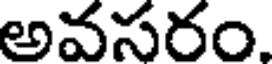
అవసరం.